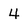
Character: 4